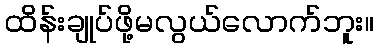
ထိန်းချုပ်ဖို့မလွယ်လောက်ဘူး။